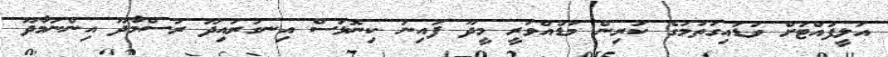
އަލީފުއްޓަށް ވަޑައިގަތުމުގެ ކުރިން މަޑުއްވަރީ މީދޫ ފައިނު ކިނޮޅަސް އިނގުރައިދޫ ރަސްމާދޫ އިންނަމާދޫ